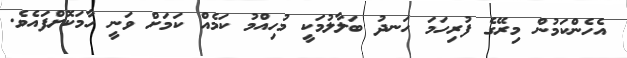
އެހެންކަމުން މިރޭގެ ފުރިހަމަ ހަނދު ބަލާލުމަކީ މުހިއްމު ކަމެއް ކަމަށް ވަނީ ހާމަކޮށްފައެވެ.